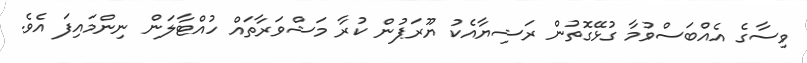
ވިސާގެ އެއްބަސްވުމާ ގުޅޭގޮތުން ރަޝިޔާއެކު ޔޫރަޕުން ކުރާ މަޝްވަރާތައް ހުއްޓާލަން ނިންމައިފަ އެވެ.